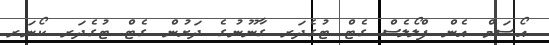
އޯސަމް އެން ފްލޯލެސް ގެޓް ޓުގެދަރ ގާނޫނުގެ ދަށުން ގެޓް ޓުގެދަރ ކޯނަރ